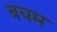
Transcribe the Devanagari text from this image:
वयम